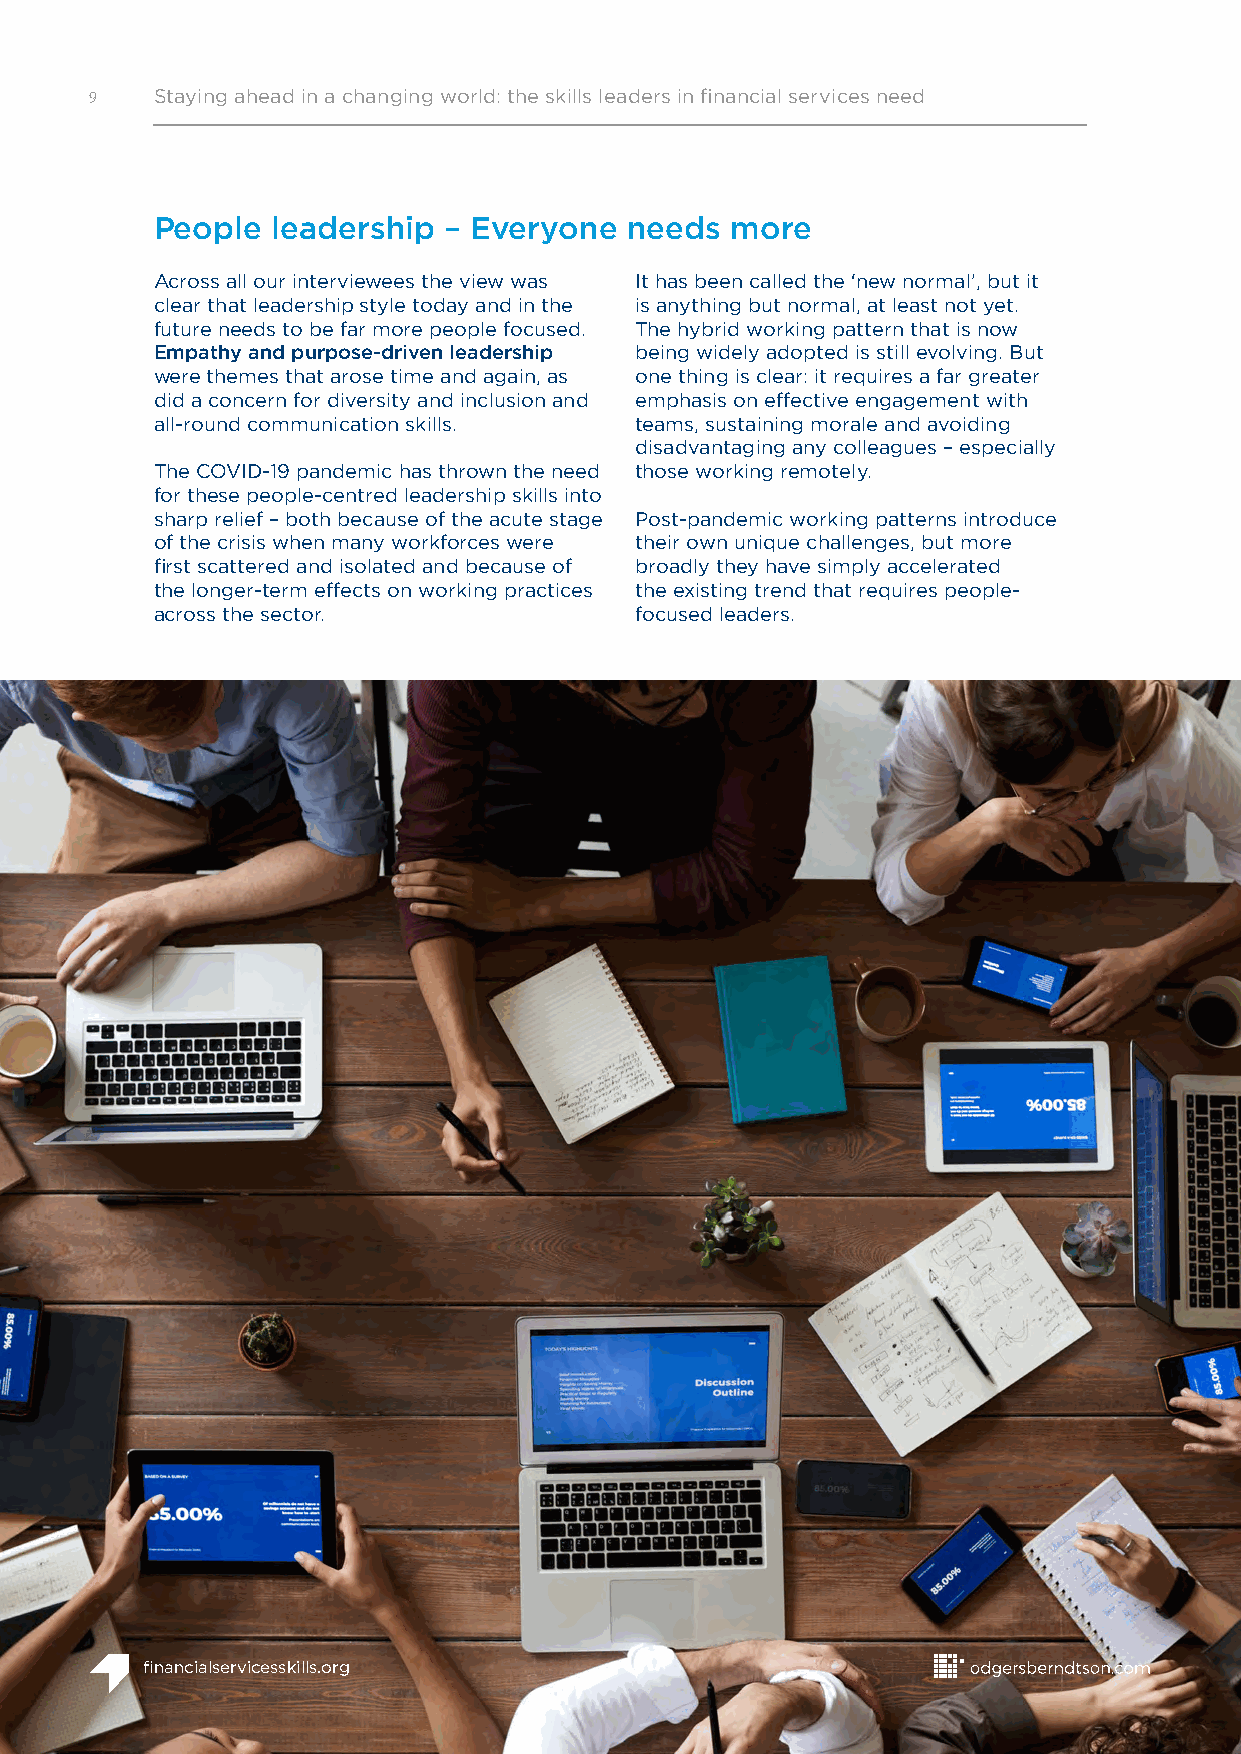
9   Staying ahead in a changing world: the skills leaders in financial services need
 People  leadership – Everyone  needs  more
 Across all our interviewees the view was It has been called the ‘new normal’, but it
 clear that leadership style today and in the is anything but normal, at least not yet.
 future needs to be far more people focused. The hybrid working pattern that is now
 Empathy and purpose-driven leadership being widely adopted is still evolving. But
 were themes that arose time and again, as one thing is clear: it requires a far greater
 did a concern for diversity and inclusion and emphasis on effective engagement with
 all-round communication skills. teams, sustaining morale and avoiding
 disadvantaging any colleagues – especially
 The COVID-19 pandemic has thrown the need those working remotely.
 for these people-centred leadership skills into
 sharp relief – both because of the acute stage Post-pandemic working patterns introduce
 of the crisis when many workforces were their own unique challenges, but more
 first scattered and isolated and because of broadly they have simply accelerated
 the longer-term effects on working practices the existing trend that requires people-
 across the sector.              focused leaders.
 financialservicesskills.org